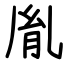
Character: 胤